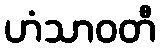
ဟံသာဝတီ